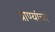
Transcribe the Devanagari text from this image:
प्राण्यांच्य